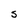
Character: S